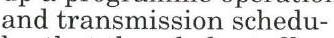
and transmission schedu-